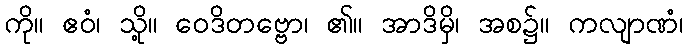
ကို။ ဧဝံ၊ သို့။ ဝေဒိတဗ္ဗော၊ ၏။ အာဒိမှိ၊ အစ၌။ ကလျာဏံ၊